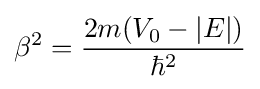
\beta ^{2}={\frac {2m(V_{0}-|E|)}{\hbar ^{2}}}